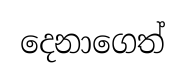
දෙනාගෙත්